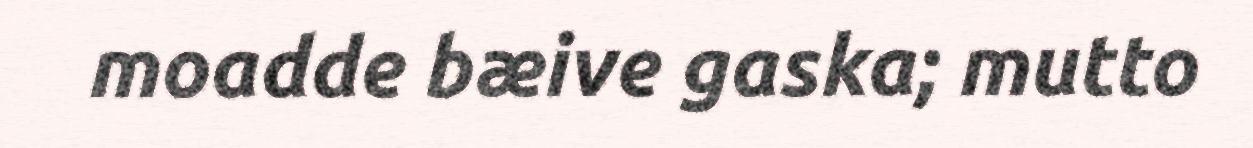
moadde bæive gaska; mutto